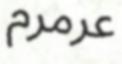
عرمرم